Report on lock hospitals in British Burma
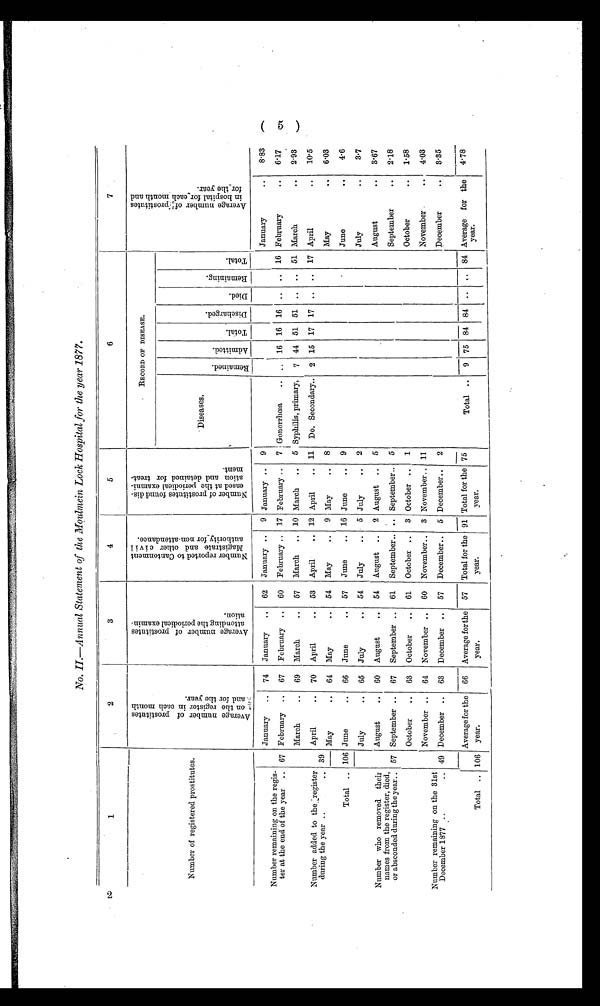
No. II.—Annual Statement of the Moulmein Lock Hospital for the year 1877.
1
2
3
4
5
6
7
Number of registered prostitutes.
A v e r a g e n u m b e r o f p r o s t i t u t e s o n t h e r e g i d t e r i n e a c h m o n t h a n d o f t h e y e a r .
A v e r a g e n u m b e r o f p r o s t i t u t e s a t t e n d i n g t h e p e r i o d i c a l e x a m i n -
a t i o n .
N u m b e r r e p o r t e d t o C a n t o n m e n t M a g i s t r a t e a n d o t h e r c i v i l a u t h o r i t y f o r n o n - a t t e n d a n c e .
N u m b e r o f p r o s t i t u t e s f o u n d d i s -
e a s e d a t t h e p e r i o d i c a l e x a m i n -a
t i o n a n d d e t a i n e d f o r t r e a t -m
e n t .
RECORD OF DISEASE.
A v e r a g e n u m b e r o f p r o s t i t u t e si
n h o s p i t a l f o r e a c h m o n t h a n df
o r t h e y e a r .
Diseases.
R e m a i n e d .
R e m a i n i n g .
A d m i t t e d .
T o t a l .
D i s c h a r g e d .
D i e d .
T o t a l .
Number remaining on the regis-
ter at the end of the year .. 67
January
..
74
January
..
62
January ..
9 January ..
9
January
..
8·83
17
Gonorrhoea
..
..
16 16 16
..
..
16 February
..
6·17
67
February ..
7
February
..
February
..
60
February ..
Number added to the register
during the year ..
.. 39
---
March
..
69
March
..
57
March
.. 10 March
..
5 Syphilis, primary,
7 44 51 51
..
..
51 March
..
2·93
Do. Secondary..
2 15 17 17
. .
.. 17 April
..
10.5
April
..
70
April
..
53
April
.. 12 April
.. 11
8
May
..
9 May
..
6·03
May
..
64
May
..
54
May
..
106
June
..
4·6
66
June
..
57
16
June
..
June
..
9
Ttal ..
June
..
2
3·7
65
July
. .
54
July
..
5 July
..
July
..
Number who removed their
names from the register, died,
or absconded during the year.. 57
July
..
3·67
5
August
..
August
..
60
August
..
2 August ..
August
..
54
2·18
September ..
September..
September
..
67
September ..
61
.. September ..
5
October
..
1·58
49
October
..
3
1
63
October
..
61
October ..
October ..
Number remaining on the 31st
December 1877 ..
..
November ..
November .
..
4·03
64
November ..
60
11
November..
3 November..
December..
2
December
3·35
4·78
December ..
57
December..
5
63
December ..
Total for the
year.
Total for the
year.
Average for the
year.
Average for the
year.
Average for the
year.
91
75
. .
84
Total .. 106
66
57
75
84
..
. .
Total ..
9
84
(5)